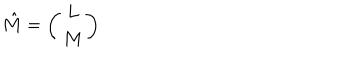
\hat { M } = \left( \begin{array} { c } { { L } } \\ { { M } } \\ \end{array} \right)